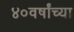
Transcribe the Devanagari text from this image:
४०वर्षांच्या